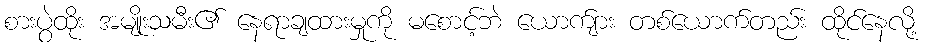
စားပွဲထိုး အမျိုးသမီး၏ နေရာချထားမှုကို မစောင့်ဘဲ ယောက်ျား တစ်ယောက်တည်း ထိုင်နေလို့